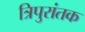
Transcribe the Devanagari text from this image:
त्रिपुरांतक